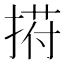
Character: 𢰆